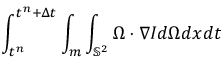
\int _ { t ^ { n } } ^ { t ^ { n } + \Delta t } \int _ { m } \int _ { \mathbb { S } ^ { 2 } } \Omega \cdot \nabla I d \Omega d x d t